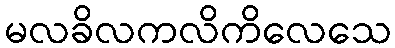
မလခိလကလိကိလေသေ